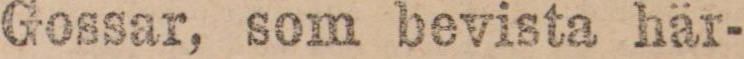
Gossar, som bevista här-